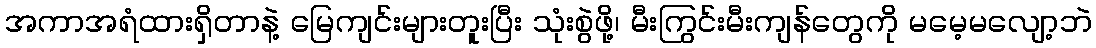
အကာအရံထားရှိတာနဲ့ မြေကျင်းများတူးပြီး သုံးစွဲဖို့၊ မီးကြွင်းမီးကျန်တွေကို မမေ့မလျော့ဘဲ